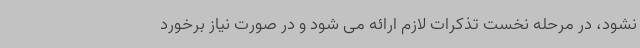
نشود، در مرحله نخست تذکرات لازم ارائه می شود و در صورت نیاز برخورد